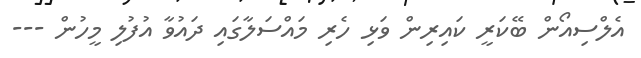
އެލްސިއޯން ބޭކަރީ ކައިރިން ވަޅި ހެރި މައްސަލާގައި ދައުވާ އުފުލި މީހުން ---